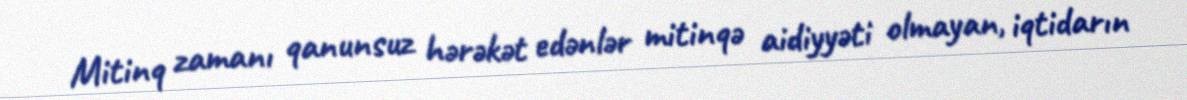
Mitinq zamanı qanunsuz hərəkət edənlər mitinqə aidiyyəti olmayan, iqtidarın